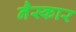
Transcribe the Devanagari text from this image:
नैस्कार